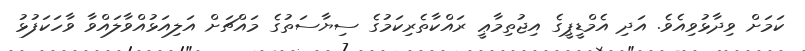
ކަމަށް ވިދާޅުވިއެވެ. އަދި އެމްޑީޕީގެ އިޖުތިމާޢީ ރައްކާތެރިކަމުގެ ސިޔާސަތުގެ މައްޗަށް އަލިއަޅުއްވާލައްވާ ވާހަކަފުޅު